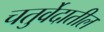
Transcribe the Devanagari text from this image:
चतुर्वेदातील